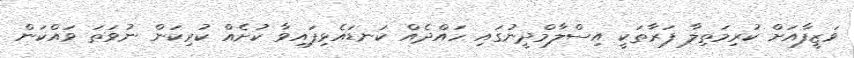
ވަޒީފާއަށް ކުރިމަތިލާ ފަރާތަކީ އިސްލާމްދީނުގައި ހައްދެއް ކަނޑައެޅިފައިވާ ކުށެއް ކުރިކަން ނުވަތަ ވައްކަން